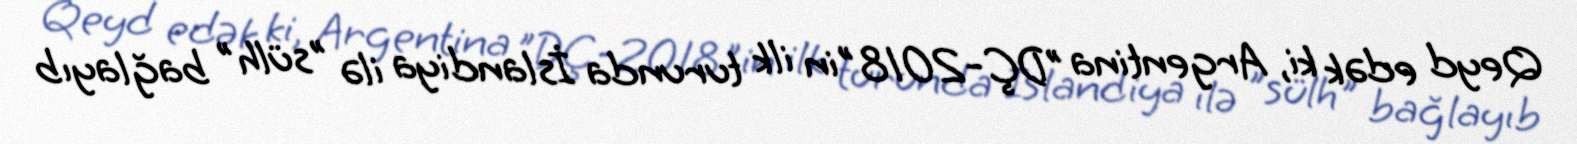
Qeyd edək ki, Argentina "DÇ-2018"in ilk turunda İslandiya ilə "sülh" bağlayıb